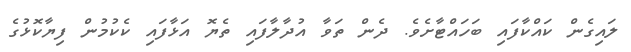
ލައިގެން ކައްކާފައި ބަހައްޓާށެވެ. ދެން ތަވާ އުދާލާފައި ތެޔޮ އަޅާފައި ކެކުމުން ފިޔާކޮޅުގެ